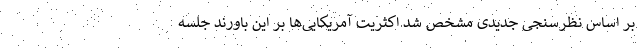
بر اساس نظرسنجی جدیدی مشخص شد اکثریت آمریکایی‌ها بر این باورند جلسه